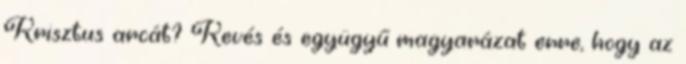
Krisztus arcát? Ke­vés és együgyű magyarázat erre, hogy az